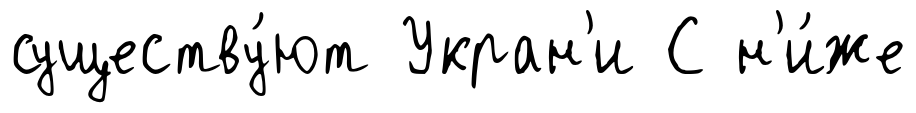
существу́ют Укран'и С н'и́же